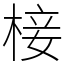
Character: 椄